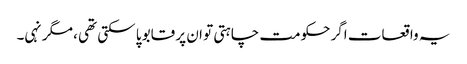
یہ واقعات اگر حکومت چاہتی تو ان پر قابو پا سکتی تھی ، مگر نہی۔